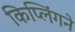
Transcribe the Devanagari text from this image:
किप्लिंगने